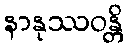
နာနုဿဝန္တိ